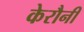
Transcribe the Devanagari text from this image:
केरौनी